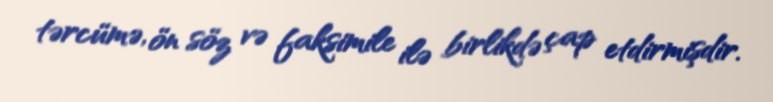
tərcümə, ön söz və faksimile ilə birlikdə çap etdirmişdir.